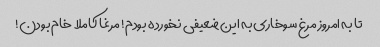
تا به امروز مرغ سوخاری به این ضعیفی نخورده بودم! مرغا کاملا خام بودن!